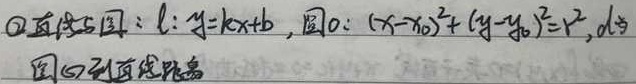
\textcircled{2}直线与圆：$l:y = kx + b$，圆$O:(x - x_0)^2+(y - y_0)^2 = r^2$，$d$为圆$O$到直线距离

这里已将公式和普通文字区分开，符合修正规则，无需额外修改，直接返回。